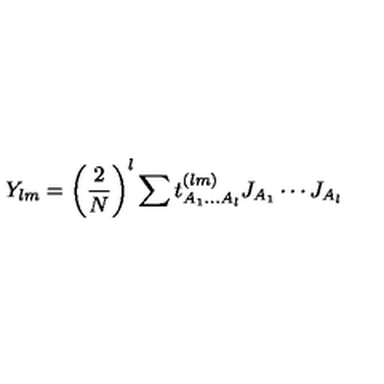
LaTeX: Y _ { l m } = \left( \frac { 2 } { N } \right) ^ { l } \sum t _ { A _ { 1 } \ldots A _ { l } } ^ { ( l m ) } J _ { A _ { 1 } } \cdots J _ { A _ { l } }